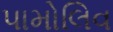
પામોલિવ